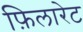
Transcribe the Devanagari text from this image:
फ़िलारेट